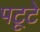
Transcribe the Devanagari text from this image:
पटूटे